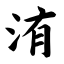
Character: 洧